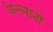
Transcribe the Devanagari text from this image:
वेल्लानो